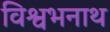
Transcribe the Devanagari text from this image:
विश्वभनाथ